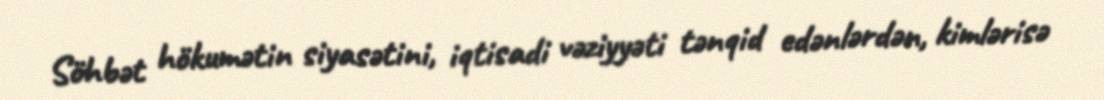
Söhbət hökumətin siyasətini, iqtisadi vəziyyəti tənqid edənlərdən, kimlərisə